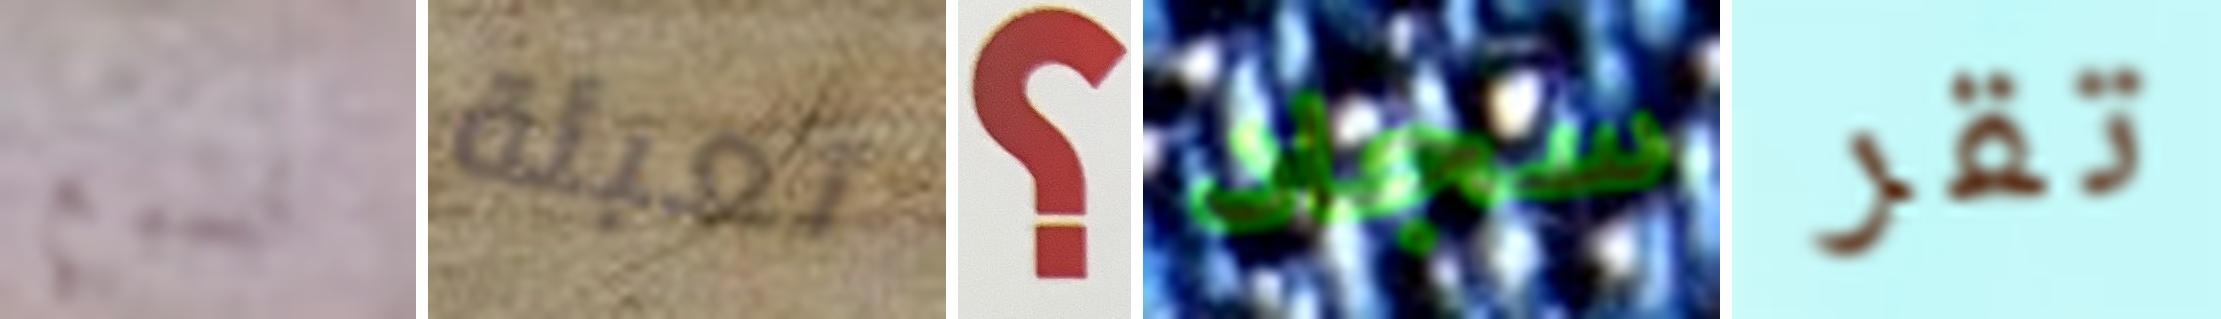
لسبع تعبئة ؟ سجاد تقر